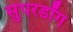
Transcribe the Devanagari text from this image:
सुपरडॉग